Investigations into the jail dietaries of the United Provinces with some observations on the influence of dietary on the physical development and well-being of the people of the United Provinces - Number 48
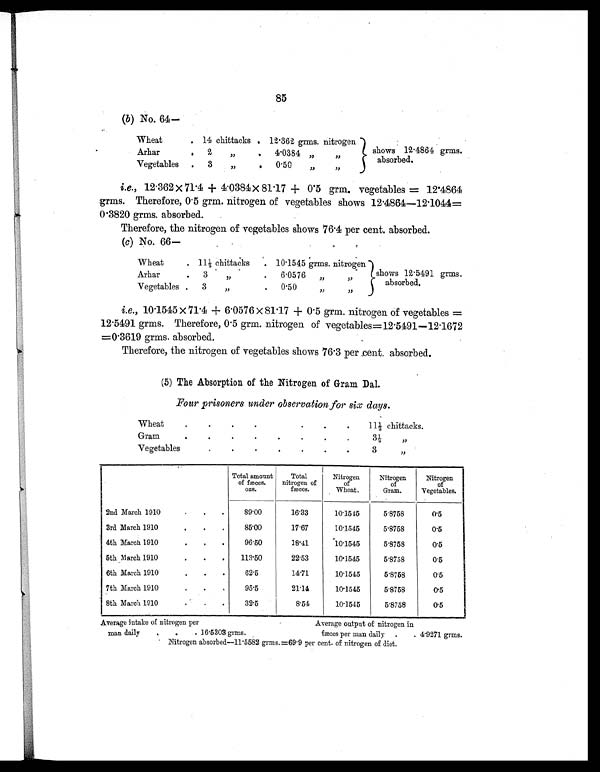
85
(b) No. 64—
Wheat
. 14 chittacks . 12. 362 grms. nitrogen
shows 12 . 4864 grms.
absorbed
.
Arhar
.
2
„
.
4. 0384 „
„
Vegetables
.
3
„
.
0 . 50 „
„
i.e., 12 . 362 × 71 . 4 + 4.0384 × 81 . 17 + 0.5 grm. vegetables = 12.4864
grms. Therefore, 0 . 5 grm. nitrogen of vegetables shows 12.4864—12.1044=
0 . 3820 grms. absorbed.
Therefore, the nitrogen of vegetables shows 76.4 per cent. absorbed.
(c) No. 66—
Wheat
. 11½ chittacks
. 10. 1545 grms. nitrogen
shows 12 . 5491 grms.
absorbed.
Arhar
.
3
„
.
6.0576
„
„
Vegetables .
3
„
.
0.50
„
„
i.e., 10 . 1545 × 71.4 + 6 . 0576 × 81 . 17 + 0 . 5 grm. nitrogen of vegetables =
12.5491 grms. Therefore, 0 . 5 grm. nitrogen of vegetables=12.5491—12.1672
=0. 3619 grms. absorbed.
Therefore, the nitrogen of vegetables shows 76 . 3 per cent. absorbed.
(5) The Absorption of the Nitrogen of Gram Dal.
Four prisoners under observation for six days.
Wheat
.
.
.
.
.
.
.
1 1 ½ chittacks.
Gram
.
.
.
.
.
.
.
.
3½
„
Vegetables
.
.
.
.
.
.
.
3
„
Total amount
of fæces.
ozs.
Total
nitrogen of
fæces.
Nitrogen
of
Wheat.
Nitrogen
of
Gram.
Nitrogen
of
Vegetables.
2nd March 1910
.
.
.
89.00
16.33
10.1545
5.8758
0.5
3rd March 1910
.
.
.
85.00
17.67
10.1545
5.8758
0.5
4th March 1910
.
.
.
96.50
18.41
10.1545
5.8758
0.5
5th March 1910
.
.
.
113.50
22.53
10.1545
5.8758
0.5
6th March 1910
. .
.
62.5
14.71
10.1545
5.8758
0.5
7th March 1910
.
.
.
95.5
21.14
10.1545
5.8758
0.5
8th March 1910
.
.
.
32.5
8.54
10.1545
5.8758
0.5
Average intake of nitrogen per
Average output of nitrogen in
man daily
.
.
. 16.5303 grms.
fæces per man daily .
. 4.9271 grms.
Nitrogen absorbed—11.5582 grms.=69.9 per cent. of nitrogen of diet.